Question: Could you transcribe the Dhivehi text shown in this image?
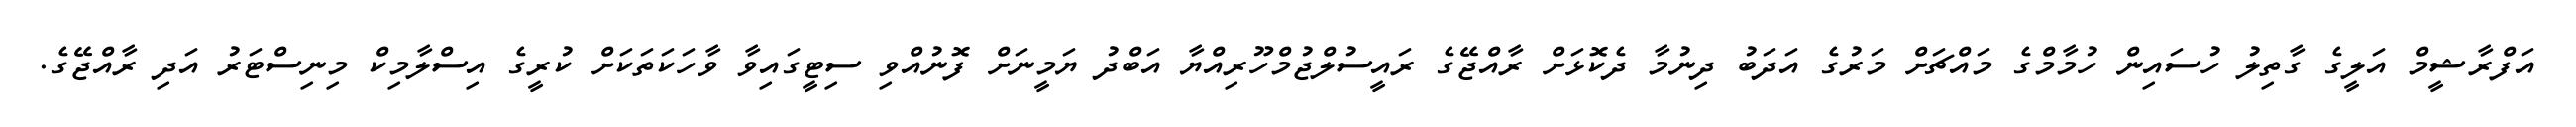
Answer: އަފްރާޝީމް އަލީގެ ގާތިލު ހުސައިން ހުމާމްގެ މައްޗަށް މަރުގެ އަދަބު ދިނުމާ ދެކޮޅަށް ރާއްޖޭގެ ރައީސުލްޖުމްހޫރިއްޔާ އަބްދު ޔަމީނަށް ފޮނުއްވި ސިޓީގައިވާ ވާހަކަތަކަށް ކުރީގެ އިސްލާމިކް މިނިސްޓަރު އަދި ރާއްޖޭގެ.